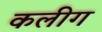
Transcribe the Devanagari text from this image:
कलीग